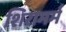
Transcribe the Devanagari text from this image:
शिरामर्म